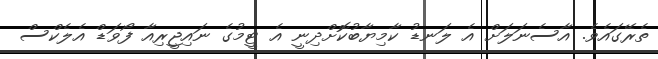
ތެރޭގައެވެ. އާސެނަލަށް އެ ލަނޑު ކާމިޔާބުކޮށްދިނީ އެ ޓީމުގެ ނައިޖީރިއާ ފޯވަޑް އެލެކްސް